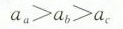
$$a _ { a } > a _ { b } > a _ { c }$$